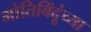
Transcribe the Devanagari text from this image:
मोतिबिंदूंच्या